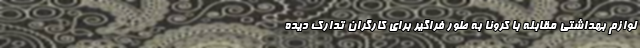
لوازم بهداشتی مقابله با کرونا به طور فراگیر برای کارگران تدارک دیده